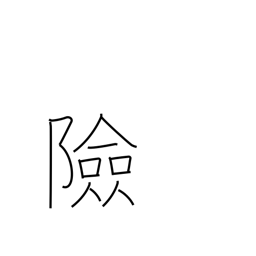
Meaning: impregnable position